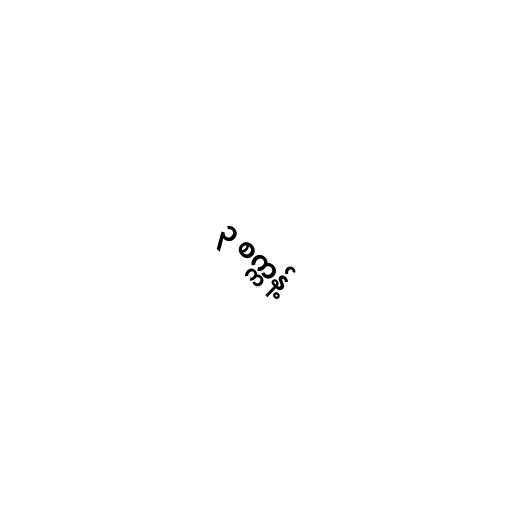
၃ စက္ကန့်